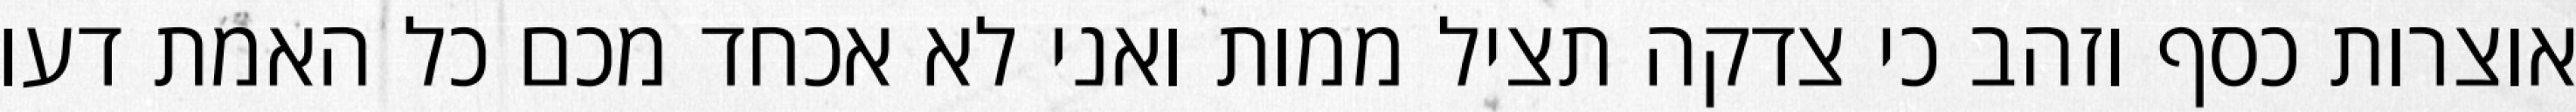
אוצרות כסף וזהב כי צדקה תציל ממות ואני לא אכחד מכם כל האמת דעו